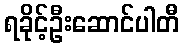
ရခိုင့်ဦးဆောင်ပါတီ